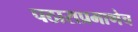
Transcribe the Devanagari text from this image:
पठाराप्रमाणेच